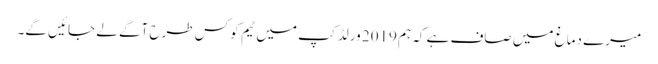
میرے دماغ میں صاف ہے کہ ہم 2019 ورلڈ کپ میں ٹیم کو کس طرح آگے لے جائیں گے۔